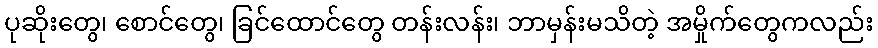
ပုဆိုးတွေ၊ စောင်တွေ၊ ခြင်ထောင်တွေ တန်းလန်း၊ ဘာမှန်းမသိတဲ့ အမှိုက်တွေကလည်း